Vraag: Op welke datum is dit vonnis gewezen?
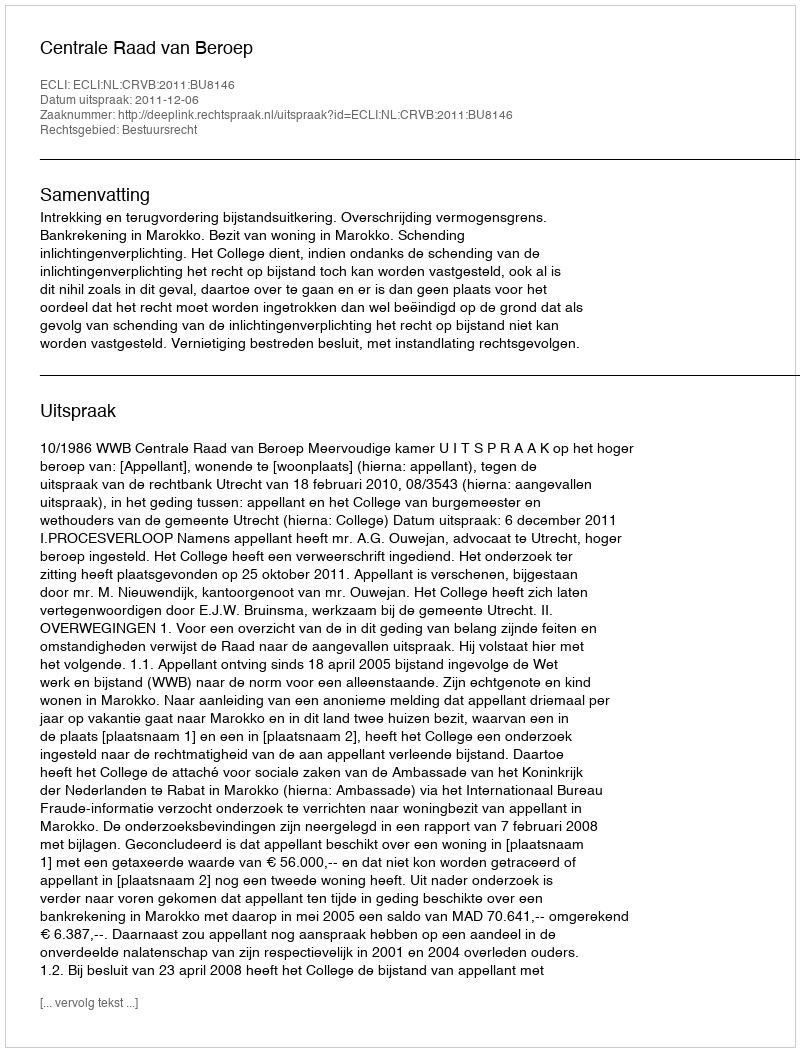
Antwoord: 2011-12-06